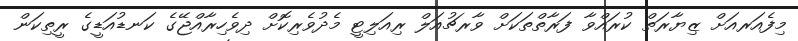
މިފެއަރއަށް ޒިޔާރަތް ކުރައްވާ ފަރާތްތަކަށް ވާރޗުއަލް ރިއަލިޓީ މެދުވެރިކޮށް ދިވެހިރާއްޖޭގެ ކަނޑުއަޑީގެ ރީތިކަން